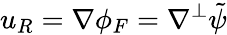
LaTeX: u_{R}=\nabla\phi_{F}=\nabla^{\perp}\tilde{\psi}